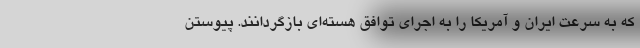
که به سرعت ایران و آمریکا را به اجرای توافق هسته‌ای بازگردانند. پیوستن